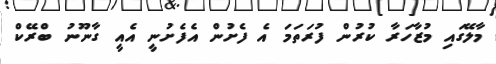
މާލޭގައި މުޒާހަރާ ކުރުން ފުރަތަމަ އެ ފެށުން އެފެށުނީ އެއީ ގާނޫނު ބްރޭކް